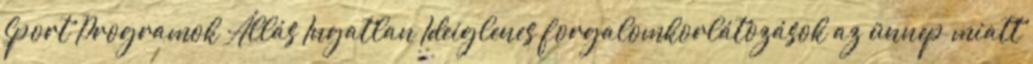
Sport Programok Állás Ingatlan Ideiglenes forgalomkorlátozások az ünnep miatt